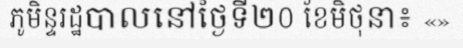
ភូមិន្ទរដ្ឋបាលនៅថ្ងៃទី២០ ខែមិថុនា៖ «»